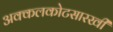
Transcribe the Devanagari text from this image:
अक्कलकोटसारखी